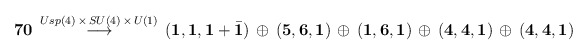
\begin{align*}{\bf 70} \, \stackrel{Usp(4) \, \times \, SU(4) \, \times \, U(1)}{\longrightarrow}\, \left( {\bf 1},{\bf 1},{\bf 1}+{\bar {\bf 1}}\right) \, \oplus\, \left({\bf 5},{\bf 6}, {\bf 1} \right) \, \oplus \,\left( {\bf 1},{\bf 6},{\bf 1} \right) \, \oplus \,\left( {\bf 4} ,{\bf 4}, {\bf 1}\right) \, \oplus \,\left( {\bf 4},{\bf 4},{\bf 1} \right)\end{align*}